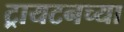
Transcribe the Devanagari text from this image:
ट्रायटनच्या